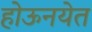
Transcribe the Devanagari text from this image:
होऊनयेत